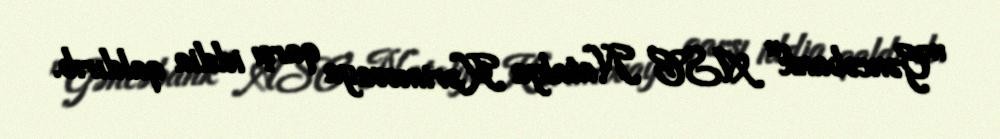
"Gəncəbank" ASC Natalya Kərimovaya qarşı iddia qaldırıb.